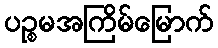
ပဉ္စမအကြိမ်မြောက်